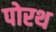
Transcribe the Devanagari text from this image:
पोरथ